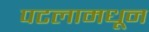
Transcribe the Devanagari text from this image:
पटलामधून